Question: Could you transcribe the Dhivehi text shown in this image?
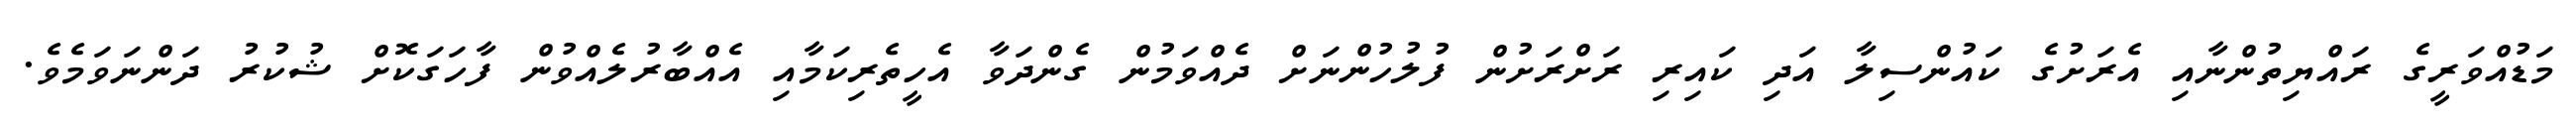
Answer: މަޑުއްވަރީގެ ރައްޔިތުންނާއި އެރަށުގެ ކައުންސިލާ އަދި ކައިރި ރަށްރަށުން ފުލުހުންނަށް ދެއްވަމުން ގެންދަވާ އެހީތެރިކަމާއި އެއްބާރުލެއްވުން ފާހަގަކޮށް ޝުކުރު ދަންނަވަމެވެ.